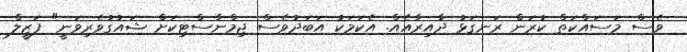
ވެސް މަސައްކަތް ކުރަން ރަނގަޅު ދާއިރާއެއް. އެކަމަކު އަބަދުވެސް ޖިމްނާސްޓިކަށް ޝައުގުވެރިވަނީ" ފަޒީލް